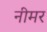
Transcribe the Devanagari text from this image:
नीमर